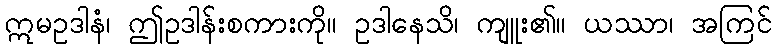
ဣမဥဒါနံ၊ ဤဥဒါန်းစကားကို။ ဥဒါနေသိ၊ ကျူး၏။ ယဿာ၊ အကြင်